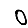
Digit: 0